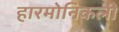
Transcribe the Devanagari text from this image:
हारमोनिकली